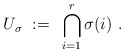
\begin{align*}U_\sigma~:=~ \bigcap_{i=1}^r \sigma(i)~.\end{align*}